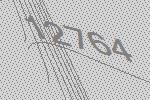
12764